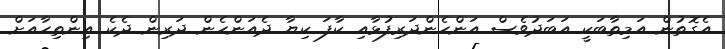
އެގޮތުން އަމިތާބަކީ އަބަދުވެސް އަންހެންދަރިފުޅާއި ކާފަ ކިޔާ ދެއަންހެން ދަރިން ދެކެ އިންތިހާއަށް